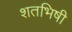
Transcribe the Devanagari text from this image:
शतभिषी